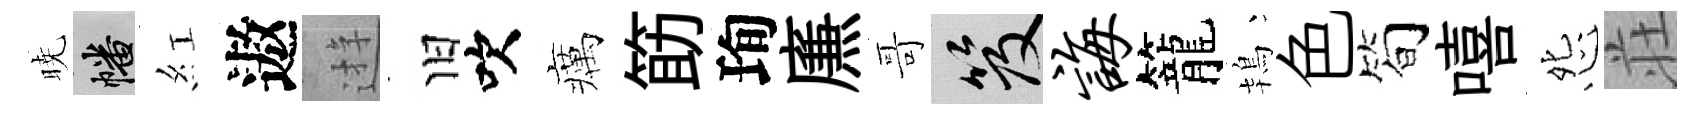
暁幡紅遨逰旧吹癘筯珣㢘哥笈诲籠鴇色简嘻怨荘